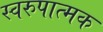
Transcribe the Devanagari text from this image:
स्वरुपात्मक